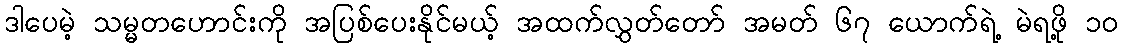
ဒါပေမဲ့ သမ္မတဟောင်းကို အပြစ်ပေးနိုင်မယ့် အထက်လွှတ်တော် အမတ် ၆၇ ယောက်ရဲ့ မဲရဖို့ ၁၀